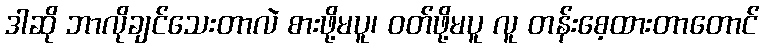
ဒါဆို ဘာလိုချင်သေးတာလဲ စားဖို့မပူ၊ ဝတ်ဖို့မပူ လူ တန်းစေ့ထားတာတောင်